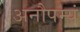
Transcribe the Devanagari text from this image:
अनौपम्यं